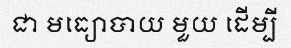
ជា មធ្យោបាយ មួយ ដើម្បី